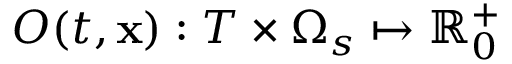
O ( t , \mathbf { x } ) : T \times \Omega _ { s } \mapsto \mathbb { R } _ { 0 } ^ { + }